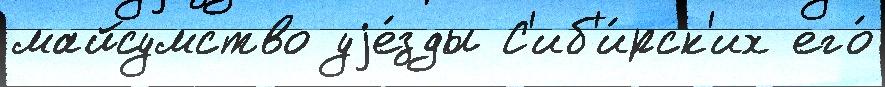
майсумство уjе́зды С'иб'и́рск'их его́